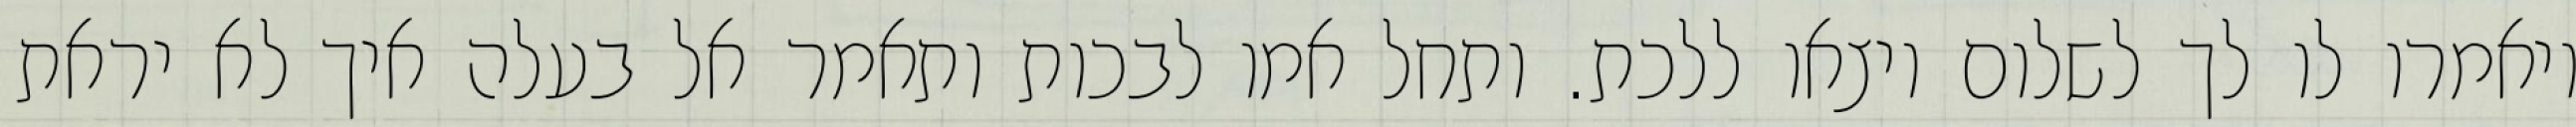
ויאמרו לו לך לשלום ויצאו ללכת. ותחל אמו לבכות ותאמר אל בעלה איך לא יראת